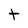
Character: T